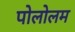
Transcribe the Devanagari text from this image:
पोलोलम